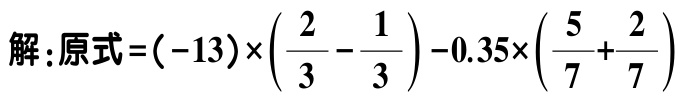
解：原式\(=(-13)\times\left(\dfrac{2}{3}-\dfrac{1}{3}\right)-0.35\times\left(\dfrac{5}{7}+\dfrac{2}{7}\right)\)